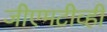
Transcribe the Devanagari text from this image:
जीएमटीव्ही